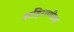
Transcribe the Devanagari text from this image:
अहिराणीला